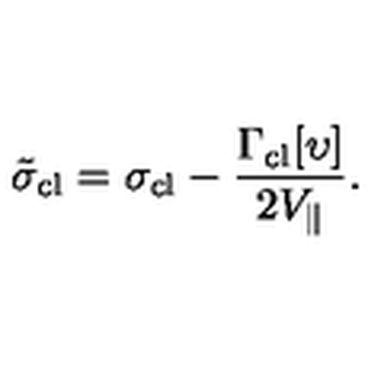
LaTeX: \tilde { \sigma } _ { \mathrm { c l } } = \sigma _ { \mathrm { c l } } - \frac { \Gamma _ { \mathrm { c l } } [ \upsilon ] } { 2 V _ { \| } } .